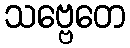
သဗ္ဗေတေ